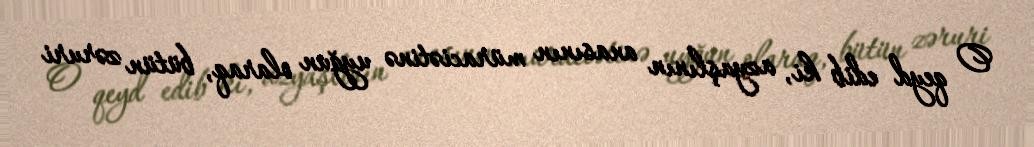
O qeyd edib ki, azyaşlının anasının müraciətinə uyğun olaraq, bütün zəruri